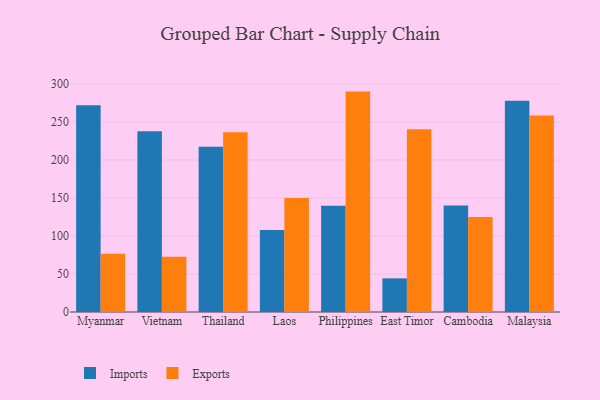
{"axis": {"x": "Country", "y": "Production Output"}, "legend": ["Exports", "Imports"], "data": [{"x": "Myanmar", "y": 272.1, "type": "Imports"}, {"x": "Myanmar", "y": 76.6, "type": "Exports"}, {"x": "Vietnam", "y": 237.9, "type": "Imports"}, {"x": "Vietnam", "y": 72.8, "type": "Exports"}, {"x": "Thailand", "y": 217.5, "type": "Imports"}, {"x": "Thailand", "y": 236.5, "type": "Exports"}, {"x": "Laos", "y": 108.0, "type": "Imports"}, {"x": "Laos", "y": 150.1, "type": "Exports"}, {"x": "Philippines", "y": 140.0, "type": "Imports"}, {"x": "Philippines", "y": 290.1, "type": "Exports"}, {"x": "East Timor", "y": 44.3, "type": "Imports"}, {"x": "East Timor", "y": 240.5, "type": "Exports"}, {"x": "Cambodia", "y": 140.2, "type": "Imports"}, {"x": "Cambodia", "y": 125.2, "type": "Exports"}, {"x": "Malaysia", "y": 278.1, "type": "Imports"}, {"x": "Malaysia", "y": 258.7, "type": "Exports"}]}